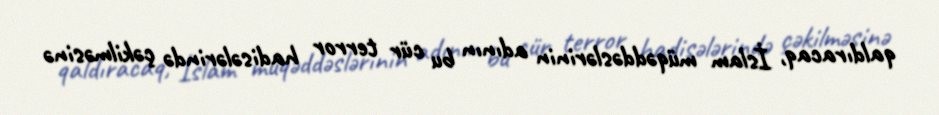
qaldıracaq, İslam müqəddəslərinin adının bu cür terror hadisələrində çəkilməsinə